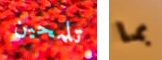
تلمحين بما